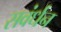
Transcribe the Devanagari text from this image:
सवंर्धन